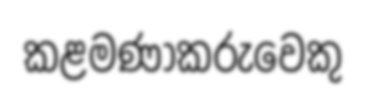
කළමණාකරුවෙකු